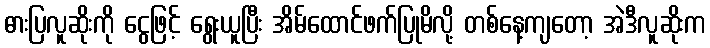
ဓားပြလူဆိုးကို ငွေဖြင့် ရွေးယူပြီး အိမ်ထောင်ဖက်ပြုမိလို့ တစ်နေ့ကျတော့ အဲဒီလူဆိုးက